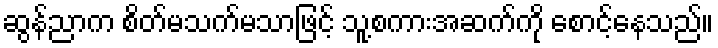
ဆွန်ညာက စိတ်မသက်မသာဖြင့် သူ့စကားအဆက်ကို စောင့်နေသည်။